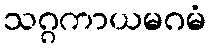
သဂ္ဂကာယမဂမံ